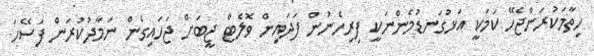
ހިތާމަކުރަންޖެހޭ ކަމަކީ އަޅުގަނޑުމެންނަކީ ފިރިހެނުން ފަދައިން ވޮލެޓް ޖީބަށް ޖަހައިގެން ނަމާދުކުރަން ފަސޭހަ